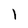
Character: 1